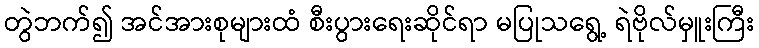
တွဲဘက်၍ အင်အားစုများထံ စီးပွားရေးဆိုင်ရာ မပြုသရွေ့ ရဲဗိုလ်မှူးကြီး